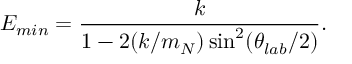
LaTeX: E _ { m i n } = { \frac { k } { 1 - 2 ( k / m _ { N } ) \sin ^ { 2 } ( \theta _ { l a b } / 2 ) } } .